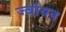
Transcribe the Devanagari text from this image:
ज्वॉयन